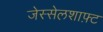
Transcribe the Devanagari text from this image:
जेस्सेलशाफ़्ट